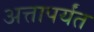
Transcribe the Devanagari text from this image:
अत्तापर्यंत